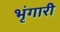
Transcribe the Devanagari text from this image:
भृंगारी